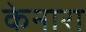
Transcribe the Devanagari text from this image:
केनारा